Eesti_Vabariigi_Tartu_Ulikool, lk 223
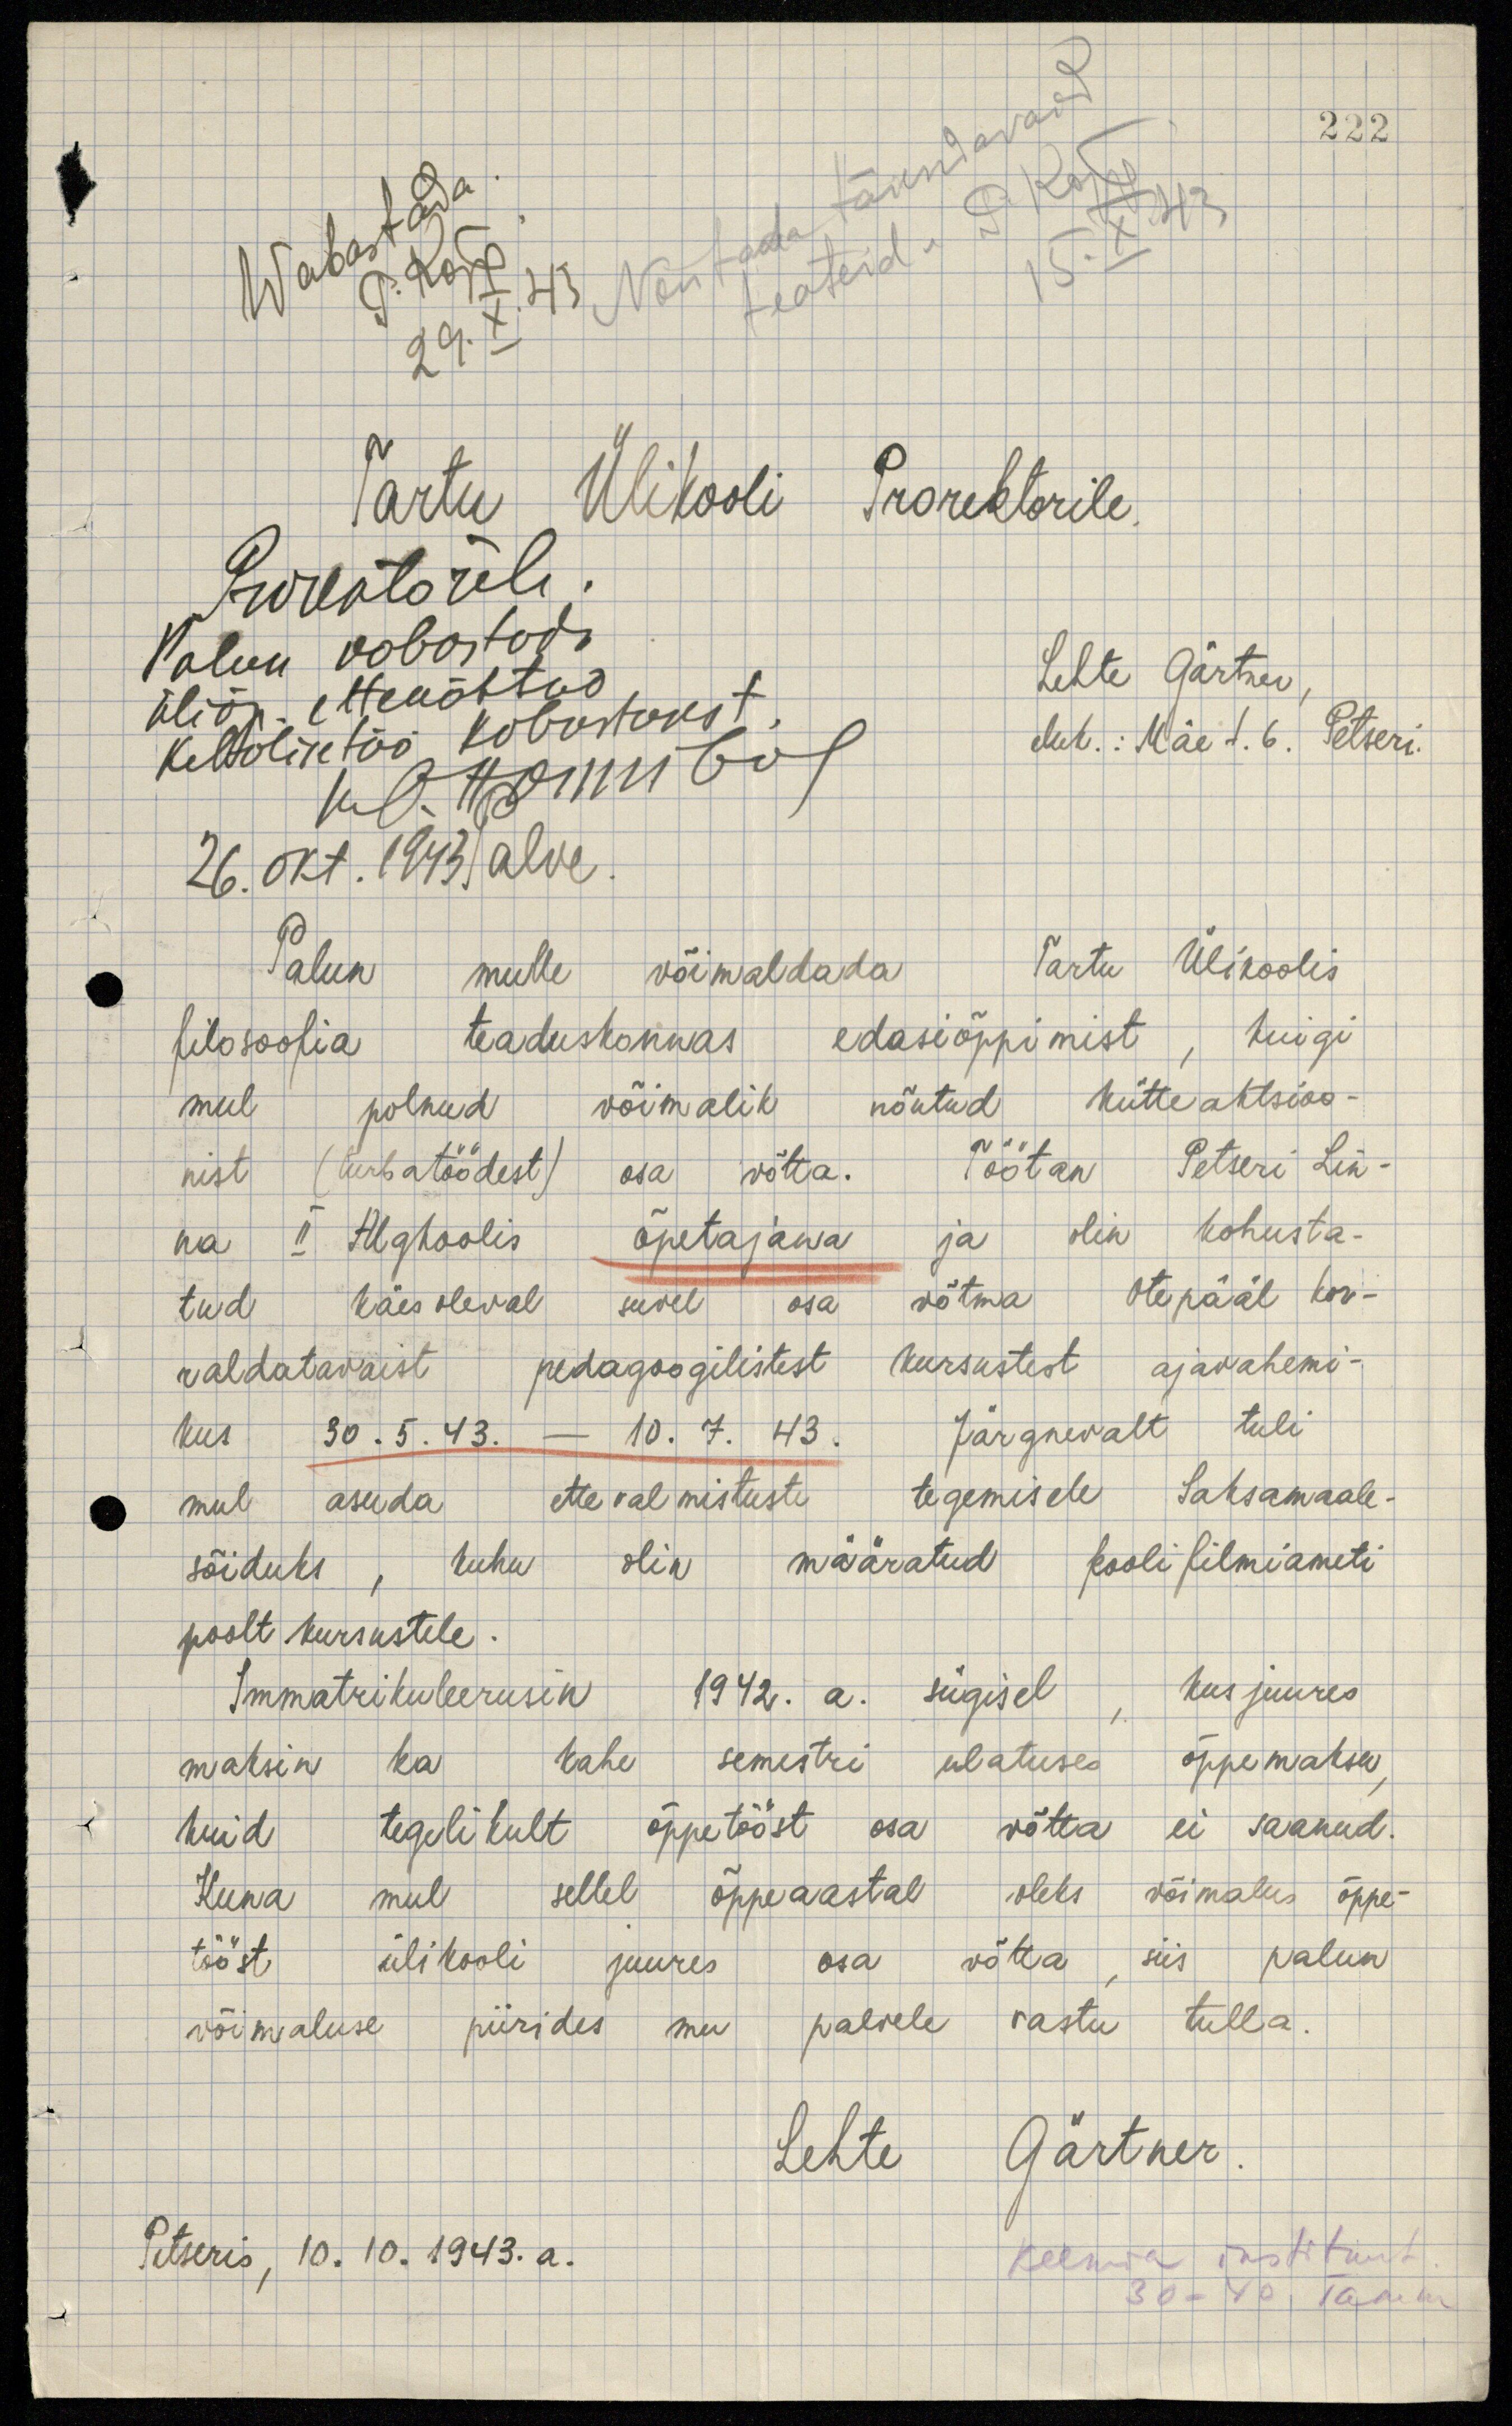
222
Wabastada
P. Kõpp
29. X. 43
Tartu Ülikooli Prorektorile
Prorektorile
Palun vabastada
üliõp. ettenähtud
kehalise töö kohustusest
Kl. Hommberg
26. okt. 1943 Palve.
Lehte Gärtner
eluk.: Mäe t. 6. Petseri.
Palun mulle võimaldada Tartu Ülikoolis
filosoofia teaduskonnas edasiõppimist, kuigi
mul polnud võimalik nõutud kütteaktsioo-
nist (turbatöödest) osa võtta. Töötan Petseri Lin-
na II Algkoolis õpetajana ja olin kohusta-
tud käesoleval suvel osa võtma Otepääl kor-
raldatavaist pedagoogilistest kursustest ajavahemi-
kus 30. 5. 43. - 10. 7. 43. Järgnevalt tuli
mul asuda ettevalmistuste tegemisele Saksamaale-
sõiduks, kuhu olin määratud koolifilmiameti
poolt kursustele.
Immatrikuleerusin 1942. a. sügisel, kusjuures
maksin ka kahe semestri ulatuses õppemaksu,
kuid tegelikult õppetööst osa võtta ei saanud.
Kuna mul sellel õppeaastal oleks võimalus õppe-
tööst ülikooli juures osa võtta, siis palun
võimaluse piirides mu palvele vastu tulla.
Lehte Gärtner.
Petseris, 10. 10. 1943. a.
Keema instituut
30-40 Tamm